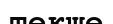
текше